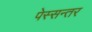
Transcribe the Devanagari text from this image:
पेस्सन्तर